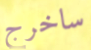
ساخرج